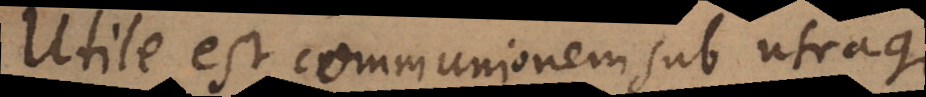
Utile est communionem sub utraque